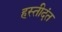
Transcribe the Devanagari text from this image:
हस्तीदंत